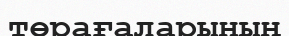
төрағаларының